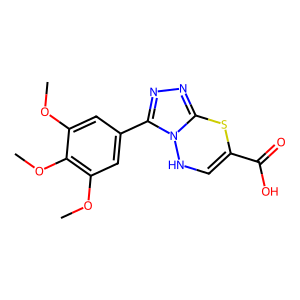
SMILES: COc1cc(-c2nnc3n2NC=C(C(=O)O)S3)cc(OC)c1OC
Inhibits HIV replication: No